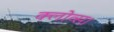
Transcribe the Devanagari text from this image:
क्लोव्स।